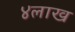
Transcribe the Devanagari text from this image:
४लाख